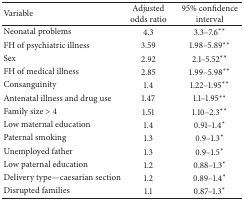
<table><thead><tr><td><b>Variable</b></td><td><b>Adjusted odds ratio</b></td><td><b>95% confidence interval</b></td></tr></thead><tbody><tr><td>Neonatal problems</td><td>4.3</td><td>3.3–7.6<sup>**</sup></td></tr><tr><td>FH of psychiatric illness</td><td>3.59</td><td>1.98–5.89<sup>**</sup></td></tr><tr><td>Sex</td><td>2.92</td><td>2.1–5.52<sup>**</sup></td></tr><tr><td>FH of medical illness</td><td>2.85</td><td>1.99–5.98<sup>**</sup></td></tr><tr><td>Consanguinity</td><td>1.4</td><td>1.22–1.95<sup>**</sup></td></tr><tr><td>Antenatal illness and drug use</td><td>1.47</td><td>1.1–1.95<sup>**</sup></td></tr><tr><td>Family size &gt; 4</td><td>1.51</td><td>1.10–2.3<sup>**</sup></td></tr><tr><td>Low maternal education</td><td>1.4</td><td>0.91–1.4<sup>*</sup></td></tr><tr><td>Paternal smoking</td><td>1.3</td><td>0.9–1.3<sup>*</sup></td></tr><tr><td>Unemployed father </td><td>1.3</td><td>0.9–1.5<sup>*</sup></td></tr><tr><td>Low paternal education</td><td>1.2</td><td>0.88–1.3<sup>*</sup></td></tr><tr><td>Delivery type—caesarian section</td><td>1.2</td><td>0.89–1.4<sup>*</sup></td></tr><tr><td>Disrupted families</td><td>1.1</td><td>0.87–1.3<sup>*</sup></td></tr></tbody></table>